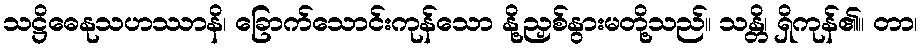
သဋ္ဌိဓေနုသဟဿာနိ၊ ခြောက်သောင်းကုန်သော နို့ညှစ်နွားမတို့သည်။ သန္တိ၊ ရှိကုန်၏။ တာ၊